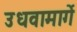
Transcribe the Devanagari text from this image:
उधवामार्गे